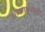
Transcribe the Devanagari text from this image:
आखाड्यांची